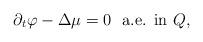
LaTeX: \begin{align*} \partial_t \varphi - \Delta \mu= 0 \ \ \textrm{a.e. in $Q$,}\end{align*}